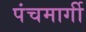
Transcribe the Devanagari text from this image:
पंचमार्गी